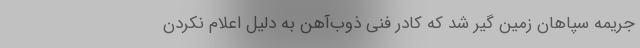
جریمه سپاهان زمین گیر شد که کادر فنی ذوب‌آهن به دلیل اعلام نکردن